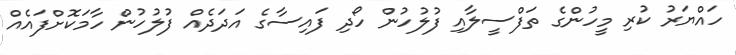
ހައްޔަރު ކުރި މީހުންގެ ތަފްސީލާއި ފުލުހުން ހޯދި ފައިސާގެ އަދަދެއް ފުލުހުން ހާމަކޮށްފައެއް